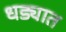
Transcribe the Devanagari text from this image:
धड्यात